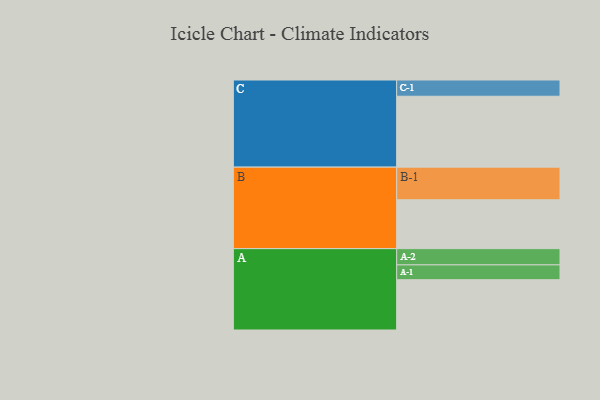
{"axis": {"x": "Segment", "y": "Value"}, "legend": ["", "A", "B", "C"], "data": [{"x": "A", "y": 356, "type": ""}, {"x": "B", "y": 346, "type": ""}, {"x": "C", "y": 502, "type": ""}, {"x": "A-1", "y": 105, "type": "A"}, {"x": "A-2", "y": 115, "type": "A"}, {"x": "B-1", "y": 231, "type": "B"}, {"x": "C-1", "y": 115, "type": "C"}]}